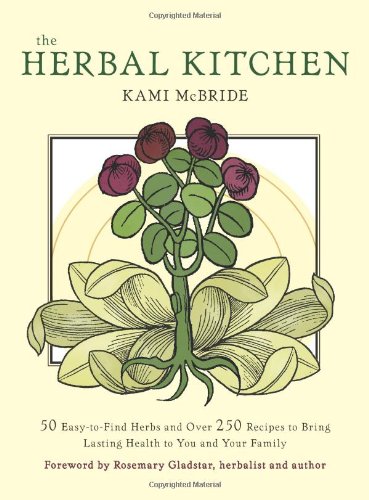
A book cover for Herbal Kitchen, The: 50 Easy-to-Find Herbs and Over 250 Recipes to Bring Lasting Health to You and Your Family; Kami McBride; Cookbooks, Food & Wine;